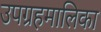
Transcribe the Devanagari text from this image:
उपग्रहमालिका